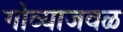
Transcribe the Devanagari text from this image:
गोव्याजवळ